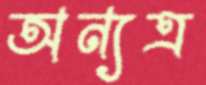
অন্যত্র